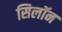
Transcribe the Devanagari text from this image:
सिलॉन